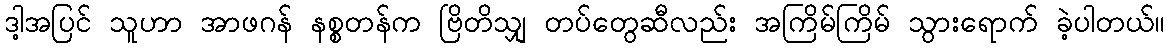
ဒါ့အပြင် သူဟာ အာဖဂန် နစ္စတန်က ဗြိတိသျှ တပ်တွေဆီလည်း အကြိမ်ကြိမ် သွားရောက် ခဲ့ပါတယ်။